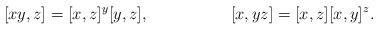
LaTeX: \begin{align*}[xy,z] & = [x,z]^y [y,z], & [x,yz] & = [x,z][x,y]^z.\end{align*}